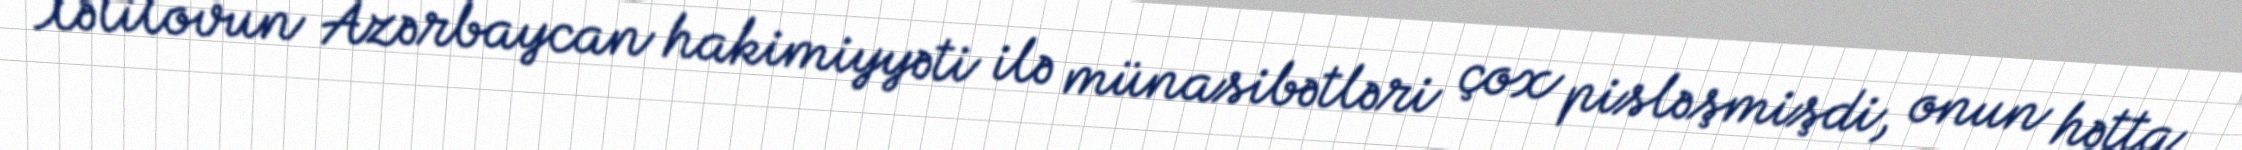
Xəlilovun Azərbaycan hakimiyyəti ilə münasibətləri çox pisləşmişdi, onun hətta